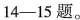
14-15题。